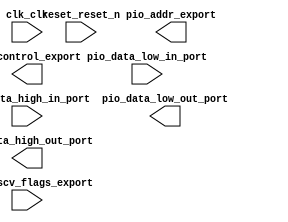

module coprocessor (
	clk_clk,
	pio_addr_export,
	pio_control_export,
	pio_data_high_in_port,
	pio_data_high_out_port,
	pio_data_low_in_port,
	pio_data_low_out_port,
	pio_riscv_flags_export,
	reset_reset_n);	

	input		clk_clk;
	output	[14:0]	pio_addr_export;
	output	[5:0]	pio_control_export;
	input	[31:0]	pio_data_high_in_port;
	output	[31:0]	pio_data_high_out_port;
	input	[31:0]	pio_data_low_in_port;
	output	[31:0]	pio_data_low_out_port;
	input	[1:0]	pio_riscv_flags_export;
	input		reset_reset_n;
endmodule